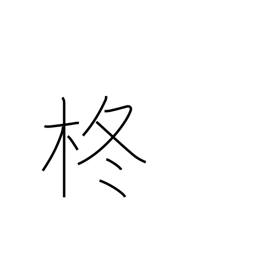
Meaning: holly